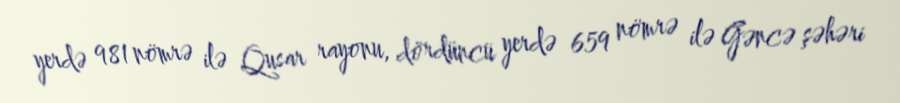
yerdə 981 nömrə ilə Qusar rayonu, dördüncü yerdə 659 nömrə ilə Gəncə şəhəri